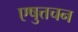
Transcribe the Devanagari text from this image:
एषुत्तचन